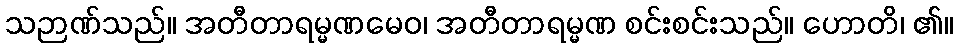
သဉာဏ်သည်။ အတီတာရမ္မဏမေဝ၊ အတီတာရမ္မဏ စင်းစင်းသည်။ ဟောတိ၊ ၏။